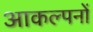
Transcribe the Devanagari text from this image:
आकल्पनों